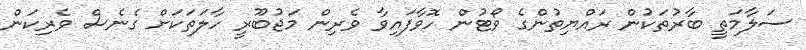
ސަލާމަތީ ބާރުތަކުން ރައްޔިތުންގެ ވޯޓުން ހޮވާފައިވާ ވެރިން މަޖުބޫރީ ހާލަތަކަށް ގެނެސް ވެރިކަން